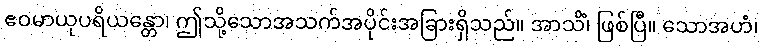
ဧဝမာယုပရိယန္တော၊ ဤသို့သောအသက်အပိုင်းအခြားရှိသည်။ အာသိံ၊ ဖြစ်ပြီ။ သောအဟံ၊